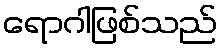
ရောဂါဖြစ်သည်